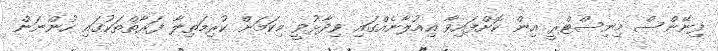
ފިނޭންސް މިނިސްޓްރީ އިން ކޮށްފައިވާ އިއުލާނެއްގައި ވިދާޅުވީ މިކަމަށް ކުރިމަތިލާ ފަރާތްތަކުގައި ހުންނަން